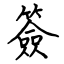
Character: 簽